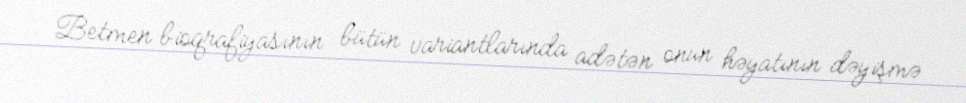
Betmen bioqrafiyasının bütün variantlarında adətən onun həyatının dəyişmə